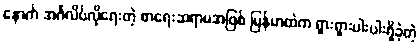
နောက် အင်္ဂလိပ်လိုရေးတဲ့ စာရေးဆရာမအဖြစ် မြန်မာထဲက ရှားရှားပါးပါးရှိခဲ့တဲ့